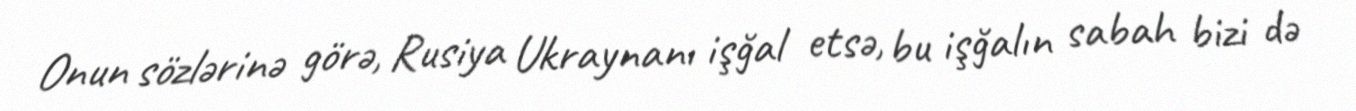
Onun sözlərinə görə, Rusiya Ukraynanı işğal etsə, bu işğalın sabah bizi də